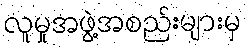
လူမှုအဖွဲ့အစည်းများမှ